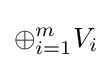
\oplus _{i=1}^{m}V_{i}